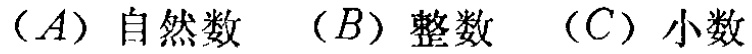
$(A)\ 自然数\quad (B)\ 整数\quad (C)\ 小数$